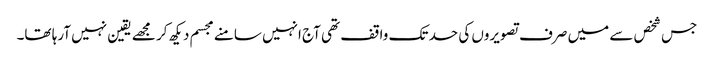
جس شخص سے میں صرف تصویروں کی حد تک واقف تھی آج انہیں سامنے مجسم دیکھ کر مجھے یقین نہیں آرہا تھا۔